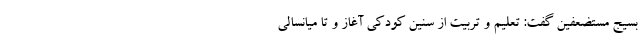
بسیج مستضعفین گفت: تعلیم و تربیت از سنین کودکی آغاز و تا میانسالی